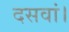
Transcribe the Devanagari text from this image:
दसवां।